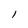
Character: 1